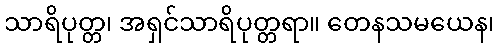
သာရိပုတ္တ၊ အရှင်သာရိပုတ္တရာ။ တေနသမယေန၊